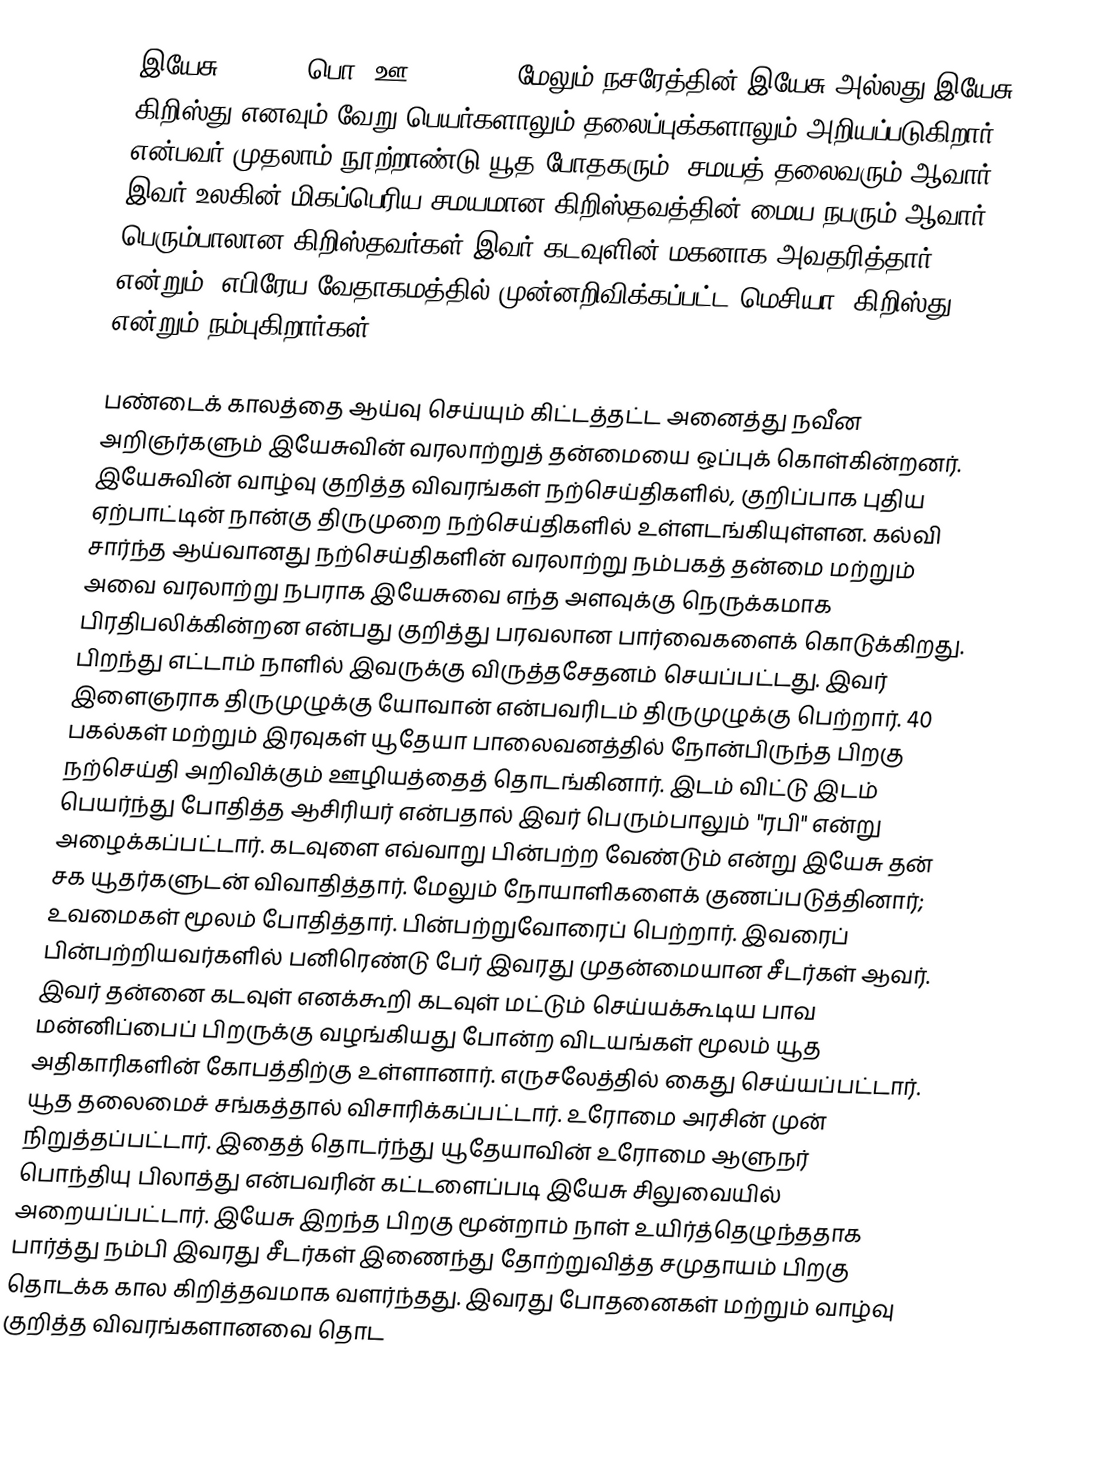
இயேசு (Jesus; பொ. ஊ. 30 - 33, மேலும் நசரேத்தின் இயேசு அல்லது இயேசு கிறிஸ்து எனவும் வேறு பெயர்களாலும் தலைப்புக்களாலும் அறியப்படுகிறார்) என்பவர் முதலாம் நூற்றாண்டு யூத போதகரும், சமயத் தலைவரும் ஆவார். இவர் உலகின் மிகப்பெரிய சமயமான கிறிஸ்தவத்தின் மைய நபரும் ஆவார். பெரும்பாலான கிறிஸ்தவர்கள் இவர் கடவுளின் மகனாக அவதரித்தார் என்றும், எபிரேய வேதாகமத்தில் முன்னறிவிக்கப்பட்ட மெசியா (கிறிஸ்து) என்றும் நம்புகிறார்கள்.

பண்டைக் காலத்தை ஆய்வு செய்யும் கிட்டத்தட்ட அனைத்து நவீன அறிஞர்களும் இயேசுவின் வரலாற்றுத் தன்மையை ஒப்புக் கொள்கின்றனர். இயேசுவின் வாழ்வு குறித்த விவரங்கள் நற்செய்திகளில், குறிப்பாக புதிய ஏற்பாட்டின் நான்கு திருமுறை நற்செய்திகளில் உள்ளடங்கியுள்ளன. கல்வி சார்ந்த ஆய்வானது நற்செய்திகளின் வரலாற்று நம்பகத் தன்மை மற்றும் அவை வரலாற்று நபராக இயேசுவை எந்த அளவுக்கு நெருக்கமாக பிரதிபலிக்கின்றன என்பது குறித்து பரவலான பார்வைகளைக் கொடுக்கிறது. பிறந்து எட்டாம் நாளில் இவருக்கு விருத்தசேதனம் செயப்பட்டது. இவர் இளைஞராக திருமுழுக்கு யோவான் என்பவரிடம் திருமுழுக்கு பெற்றார். 40 பகல்கள் மற்றும் இரவுகள் யூதேயா பாலைவனத்தில் நோன்பிருந்த பிறகு நற்செய்தி அறிவிக்கும் ஊழியத்தைத் தொடங்கினார். இடம் விட்டு இடம் பெயர்ந்து போதித்த ஆசிரியர் என்பதால் இவர் பெரும்பாலும் "ரபி" என்று அழைக்கப்பட்டார். கடவுளை எவ்வாறு பின்பற்ற வேண்டும் என்று இயேசு தன் சக யூதர்களுடன் விவாதித்தார். மேலும் நோயாளிகளைக் குணப்படுத்தினார்; உவமைகள் மூலம் போதித்தார். பின்பற்றுவோரைப் பெற்றார். இவரைப் பின்பற்றியவர்களில் பனிரெண்டு பேர் இவரது முதன்மையான சீடர்கள் ஆவர். இவர் தன்னை கடவுள் எனக்கூறி கடவுள் மட்டும் செய்யக்கூடிய பாவ மன்னிப்பைப் பிறருக்கு வழங்கியது போன்ற விடயங்கள் மூலம் யூத அதிகாரிகளின் கோபத்திற்கு உள்ளானார். எருசலேத்தில் கைது செய்யப்பட்டார். யூத தலைமைச் சங்கத்தால் விசாரிக்கப்பட்டார். உரோமை அரசின் முன் நிறுத்தப்பட்டார். இதைத் தொடர்ந்து யூதேயாவின் உரோமை ஆளுநர் பொந்தியு பிலாத்து என்பவரின் கட்டளைப்படி இயேசு சிலுவையில் அறையப்பட்டார். இயேசு இறந்த பிறகு மூன்றாம் நாள் உயிர்த்தெழுந்ததாக பார்த்து நம்பி இவரது சீடர்கள் இணைந்து தோற்றுவித்த சமுதாயம் பிறகு தொடக்க கால கிறித்தவமாக வளர்ந்தது. இவரது போதனைகள் மற்றும் வாழ்வு குறித்த விவரங்களானவை தொட